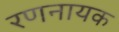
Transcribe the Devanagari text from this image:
रणनायक